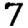
Digit: 7